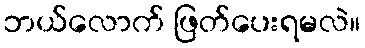
ဘယ်လောက် ဖြတ်ပေးရမလဲ။